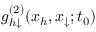
g _ { h \downarrow } ^ { ( 2 ) } ( x _ { h } , x _ { \downarrow } ; t _ { 0 } )